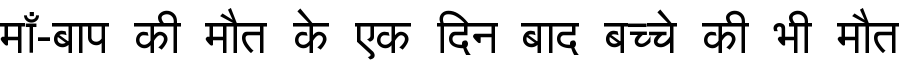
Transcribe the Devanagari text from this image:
माँ-बाप की मौत के एक दिन बाद बच्चे की भी मौत